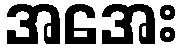
အအေး